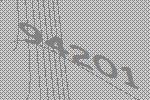
94201